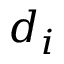
d _ { i }